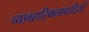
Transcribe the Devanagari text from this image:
व्यावहारिकतावादियों